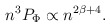
\begin{align*}n^3P_{\rm \Phi }\propto n^{2\beta +4}.\end{align*}